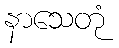
နာသေတုံ